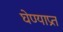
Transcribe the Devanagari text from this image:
घेण्याप्रत